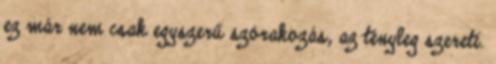
ez már nem csak egyszerű szórakozás, az tényleg szereti.